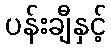
ပန်းချီနှင့်